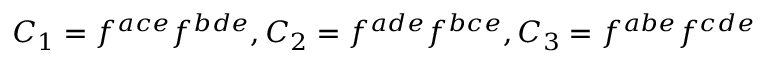
C _ { 1 } = f ^ { a c e } f ^ { b d e } , C _ { 2 } = f ^ { a d e } f ^ { b c e } , C _ { 3 } = f ^ { a b e } f ^ { c d e }